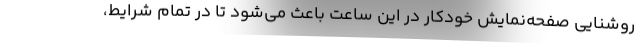
روشنایی صفحه‌نمایش خودکار در این ساعت باعث می‌شود تا در تمام شرایط،